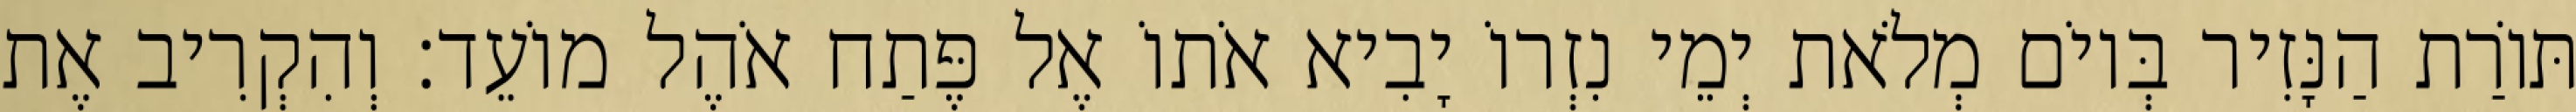
תּוֹרַת הַנָּזִיר בְּיוֹם מְלֹאת יְמֵי נִזְרוֹ יָבִיא אֹתוֹ אֶל פֶּתַח אֹהֶל מוֹעֵד׃ וְהִקְרִיב אֶת